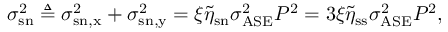
\begin{array} { r } { \sigma _ { \mathrm { s n } } ^ { 2 } \triangleq \sigma _ { \mathrm { s n , x } } ^ { 2 } + \sigma _ { \mathrm { s n , y } } ^ { 2 } = \xi \tilde { \eta } _ { \mathrm { s n } } \sigma _ { \mathrm { A S E } } ^ { 2 } P ^ { 2 } = 3 \xi \tilde { \eta } _ { \mathrm { s s } } \sigma _ { \mathrm { A S E } } ^ { 2 } P ^ { 2 } , } \end{array}